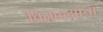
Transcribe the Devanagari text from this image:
वितळ्याचा